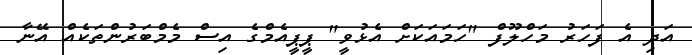
އަދި އެ ފަހަރު މަހްލޫފް "ހަމައަކަށް އެޅުވީ" ޕީޕީއެމްގެ އިސް މެމްބަރުންތަކެއް އޭނާ